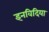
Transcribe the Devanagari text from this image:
इनविदिया